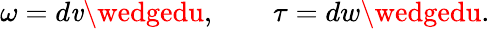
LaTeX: \omega=d\mathit{v}\wedgedu,\quad\quad\tau=dw\wedgedu.